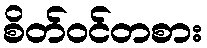
စိတ်ဝင်တစား